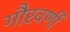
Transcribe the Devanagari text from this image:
गौरवर्णी